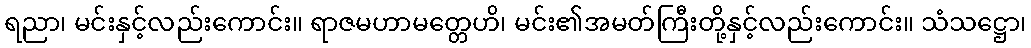
ရညာ၊ မင်းနှင့်လည်းကောင်း။ ရာဇမဟာမတ္တေဟိ၊ မင်း၏အမတ်ကြီးတို့နှင့်လည်းကောင်း။ သံသဋ္ဌော၊